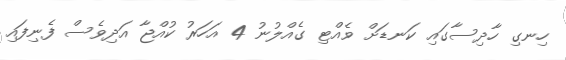
ހިނގި ހާދިސާގައި ކަނޑަށް ވެއްޓި ގެއްލުނު 4 އަހަރު ކުއްޖާ އަދިވެސް ފެނިފައި